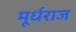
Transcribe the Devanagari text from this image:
मूर्धराज